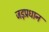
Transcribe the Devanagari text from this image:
जड़प्रधान